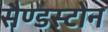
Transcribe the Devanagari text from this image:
सैण्डस्टोन